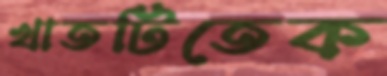
খাতটিতেক